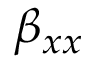
\beta _ { x x }